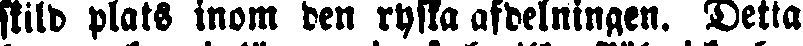
skild plats inom den ryska afdelningen. Detta